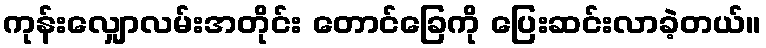
ကုန်းလျှောလမ်းအတိုင်း တောင်ခြေကို ပြေးဆင်းလာခဲ့တယ်။